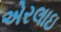
એરલાઇ